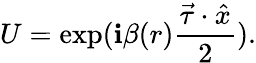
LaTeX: U=\exp(\mathbf{i}\beta(r)\frac{{\vec{{\tau}}\cdot\hat{{x}}}}{{2}}).